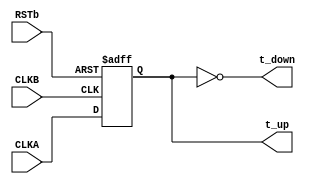
// SPDX-License-Identifier: Apache-2.0
// Copyright (C) 2019 Intel Corporation. 
// Library - aibcr3_lib, Cell - aibcri3_dcc_phasedet, View - schematic

`timescale 1ps/1ps
module aibcr3_dcc_phasedet
#(
parameter FF_DELAY     = 200
)
( 
output wire 	  t_down, 
output reg 	  t_up, 
input  wire 	  CLKA, 
input  wire	  CLKB,
input  wire	  RSTb);

`ifdef TIMESCALE_EN
                timeunit 100fs;
                timeprecision 100fs;
`endif

always @(posedge CLKB or negedge RSTb)
  if (~RSTb)           t_up <= #FF_DELAY 1'b1;
  else                 t_up <= #FF_DELAY CLKA;

assign t_down = !t_up;


endmodule